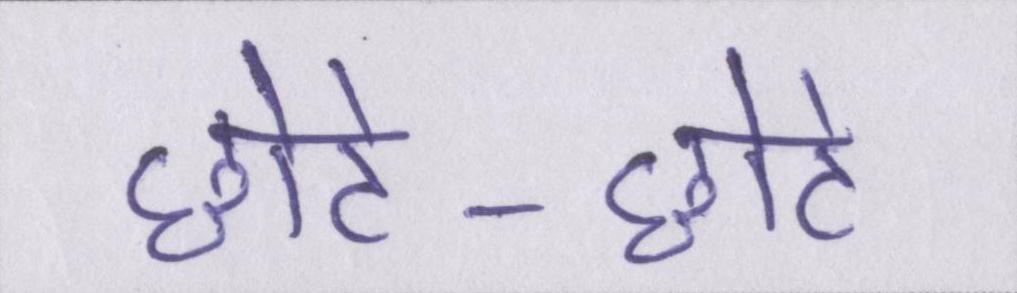
छोटे-छोटे